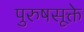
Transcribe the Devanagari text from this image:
पुरुषसूक्ते